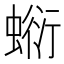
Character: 𧎘